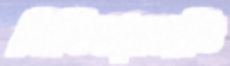
সিলিন্ডারপ্রতি